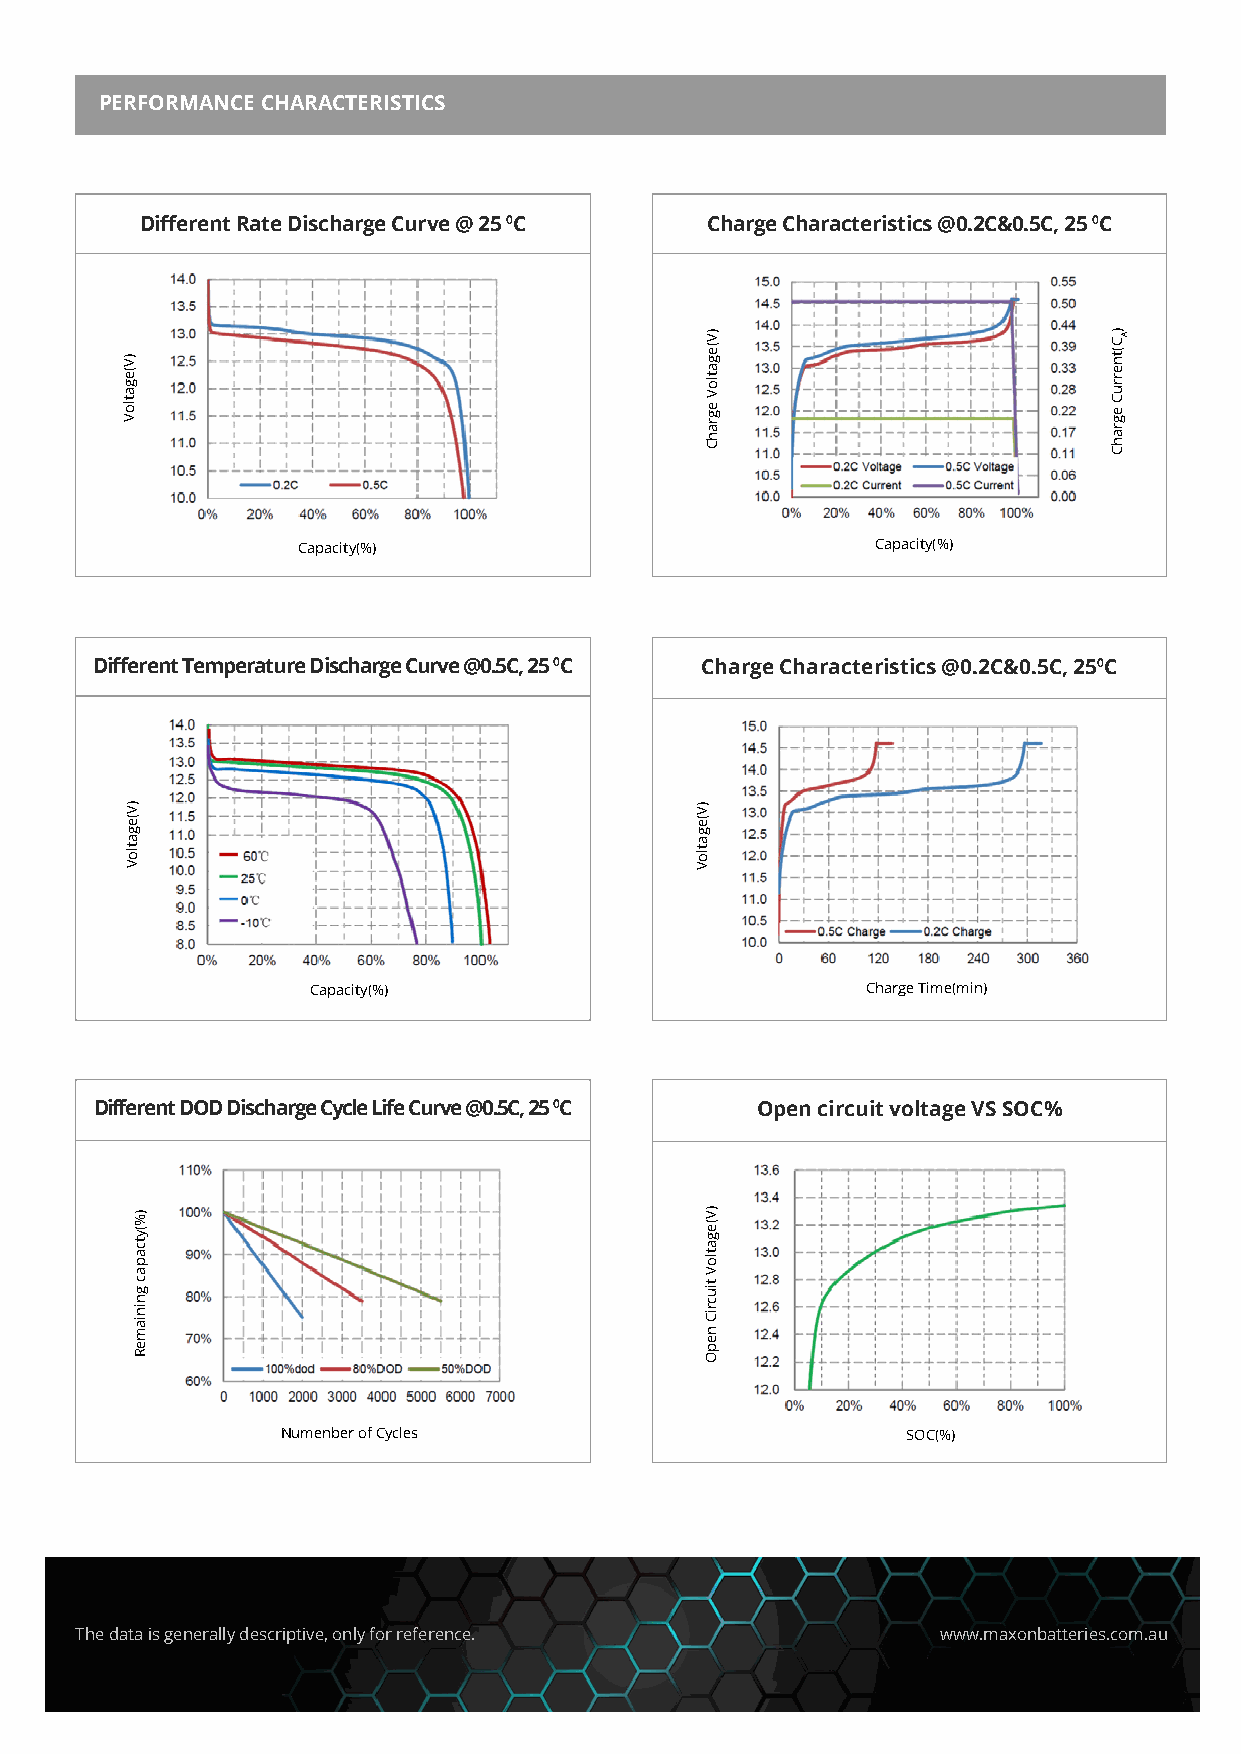
PERFORMANCE CHARACTERISTICS
 Different Rate Discharge Curve @ 25 0C Charge Characteristics @0.2C&0.5C, 25 0C
 Capacity(%)                           Capacity(%)
 Different Temperature Discharge Curve @0.5C, 25 0C Charge Characteristics @0.2C&0.5C, 250C
 Capacity(%)                         Charge Time(min)
 Different DOD Discharge Cycle Life Curve @0.5C, 25 0C Open circuit voltage VS SOC%
 Numenber of Cycles                       SOC(%)
 The data is generally descriptive, only for reference.   www.maxonbatteries.com.au
 )V(egatloV
 )V(egatloV
 )%(ytcapac
 gniniameR
 )V(egatloV
 )V(egatloV
 egrahC
 )V(egatloV
 tiucriC
 nepO
 )C(tnerruC
 egrahC
 A